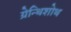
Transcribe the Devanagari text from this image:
ग्रेन्थिशोथ